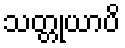
သတ္တုယာပိ